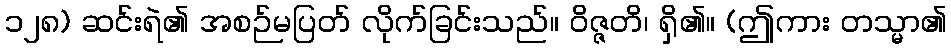
၁၂၈) ဆင်းရဲ၏ အစဉ်မပြတ် လိုက်ခြင်းသည်။ ဝိဇ္ဇတိ၊ ရှိ၏။ (ဤကား တသ္မာ၏